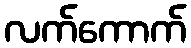
လက်ကောက်